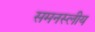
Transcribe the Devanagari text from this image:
समनस्लीय